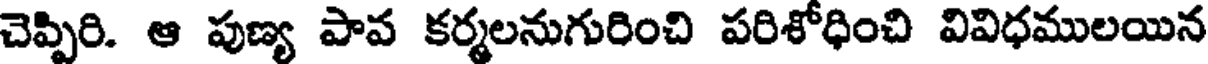
చెప్పిరి. ఆ పుణ్య పావ కర్మలనుగురించి పరిశోధించి వివిధములయిన